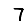
Digit: 7